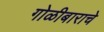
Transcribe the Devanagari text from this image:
गोळीबाराचे